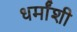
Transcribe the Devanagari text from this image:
धर्मांशी